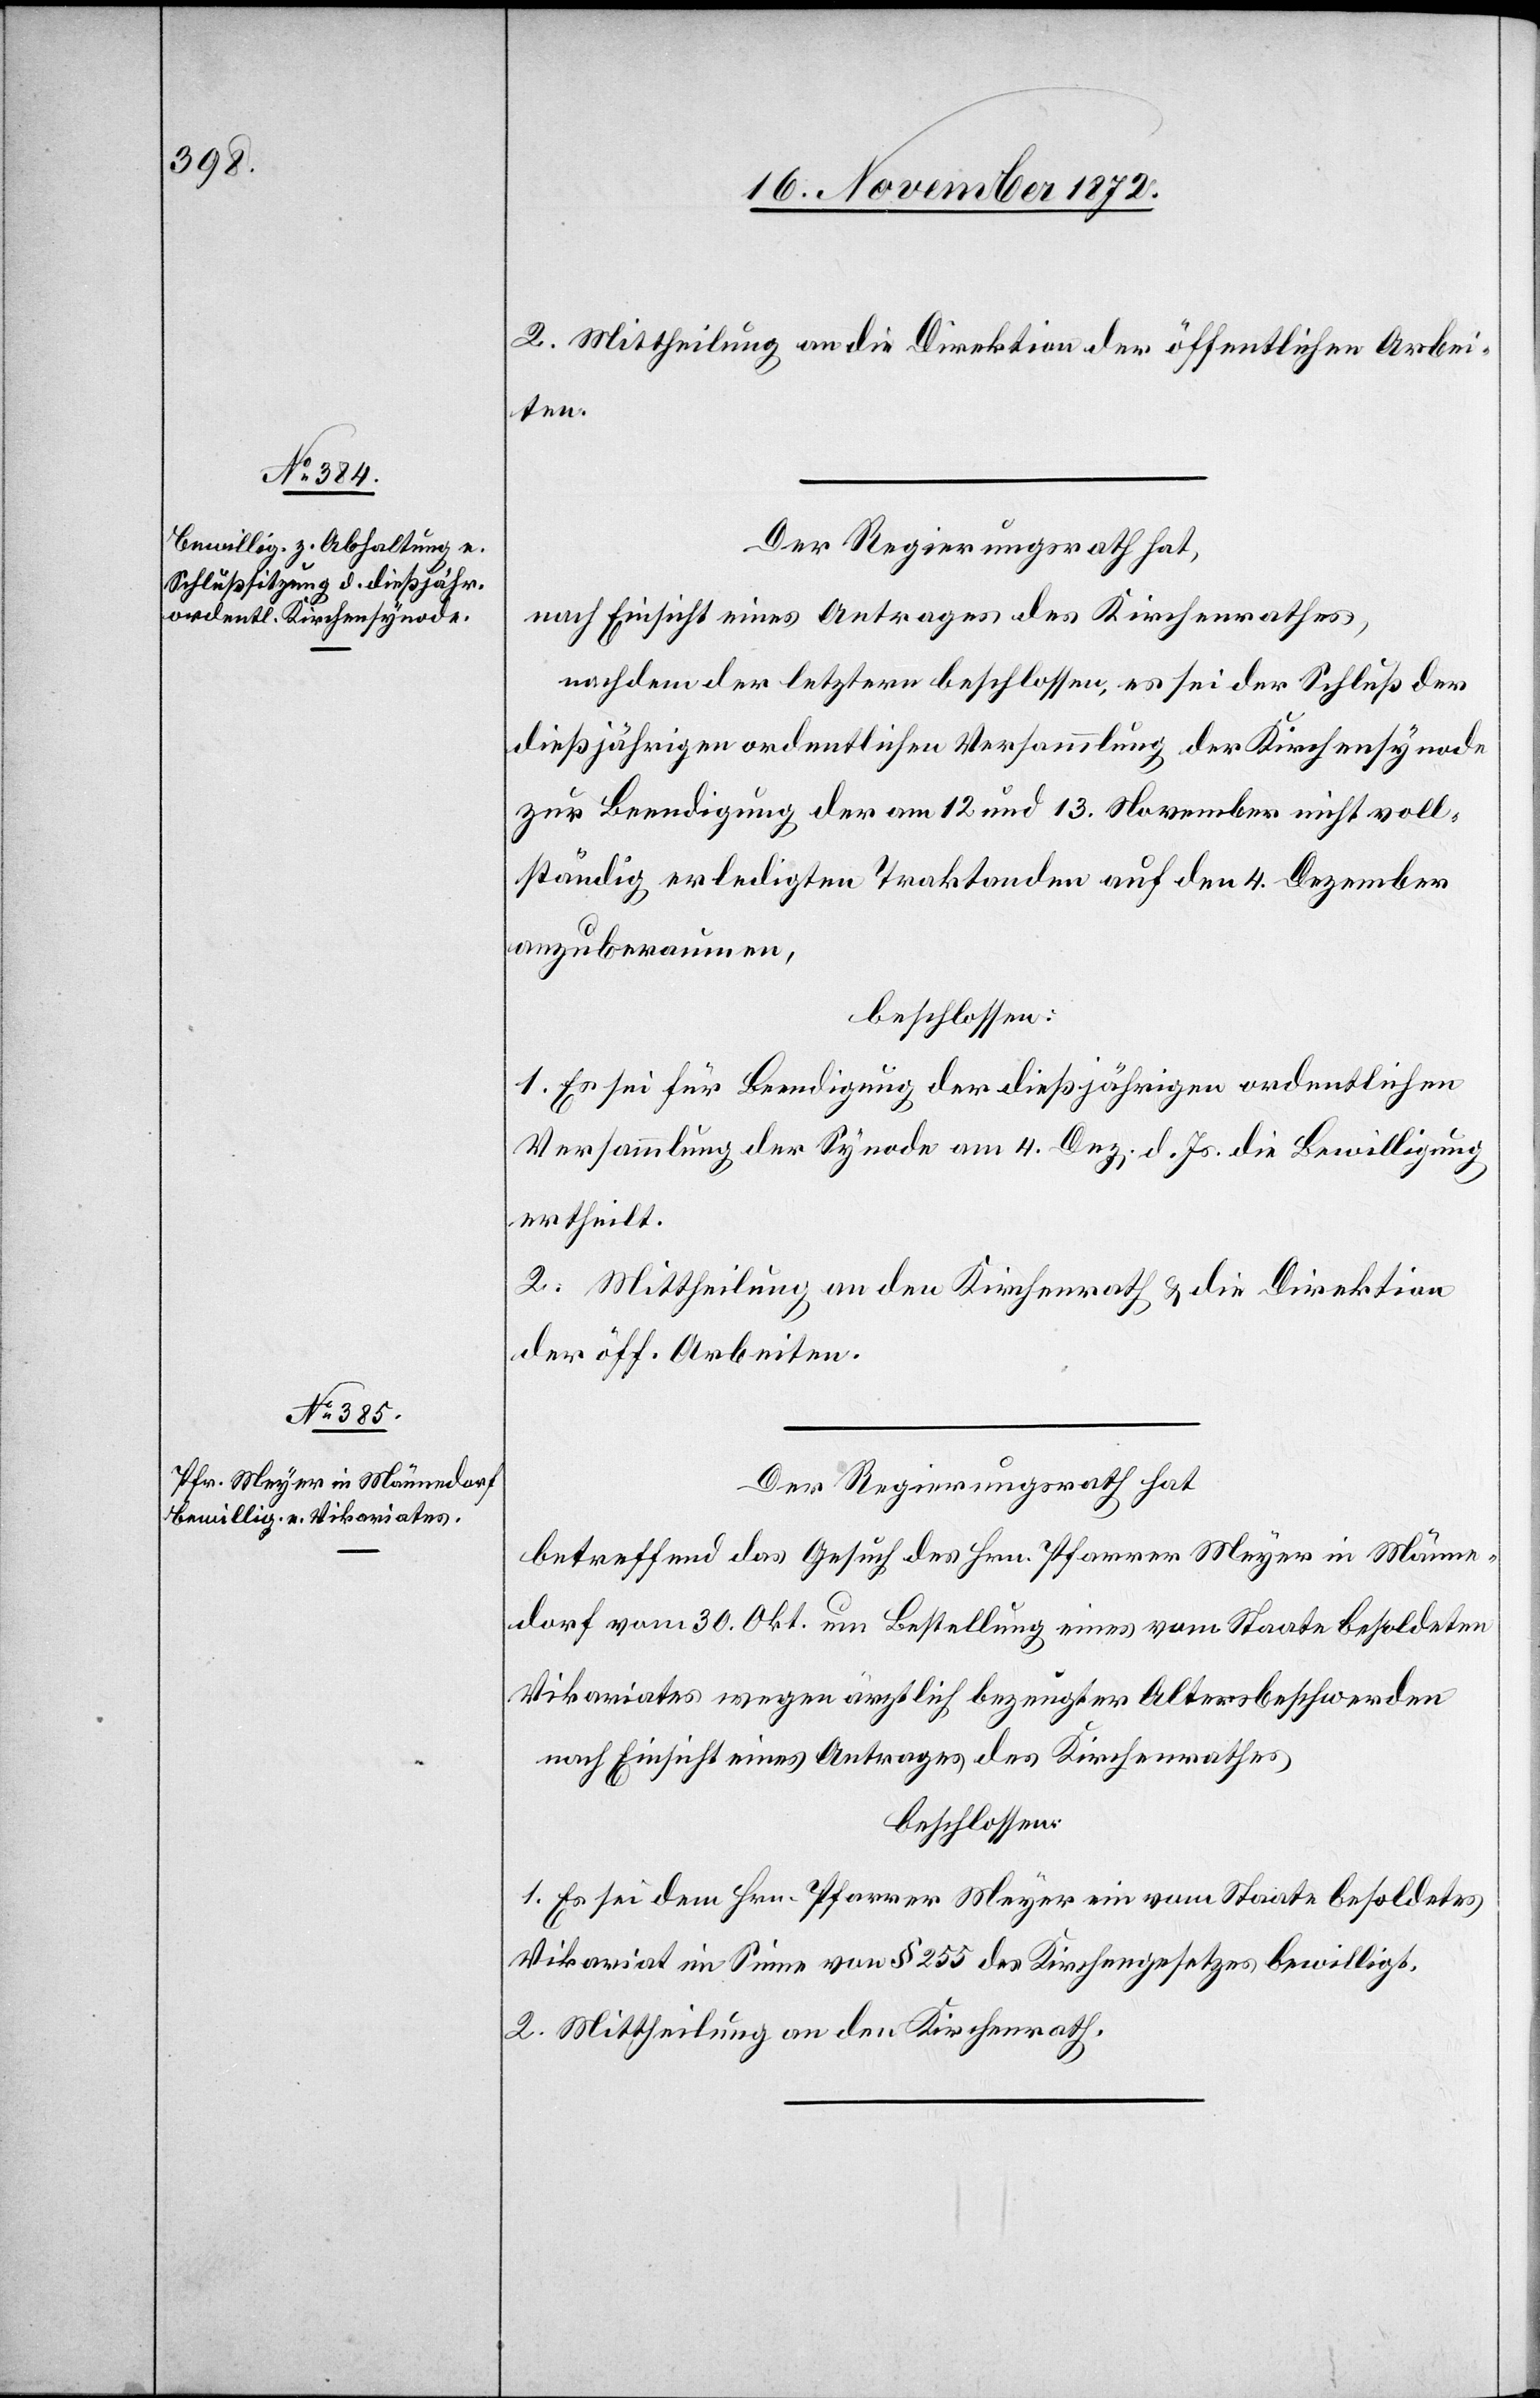
2. Mittheilung an die Direktion der öffentlichen Arbei¬
ten.
Der Regierungsrath hat,
nach Einsicht eines Antrages des Kirchenrathes,
nachdem der letztere beschlossen, es sei der Schluß der
dießjährigen ordentlichen Versammlung der Kirchensynode
zur Beendigung der am 12 und 13. November nicht voll¬
ständig erledigten Traktanden auf den 4. Dezember
anzuberaumen,
beschlossen:
1. Es sei für Beendigung der dießjährigen ordentlichen
Versammlung der Synode am 4. Dez. d. Js. die Bewilligung
ertheilt.
2. Mittheilung an den Kirchenrath u. die Direktion
der öff. Arbeiten.
Der Regierungsrath hat
betreffend das Gesuch des Hrn. Pfarrer Meyer in Männe¬
dorf vom 30. Okt. um Bestellung eines vom Staate besoldeten
Vikariates wegen ärztlich bezeugter Altersbeschwerden
nach Einsicht eines Antrages des Kirchenrathes
beschlossen:
1. Es sei dem Hrn. Pfarrer Meyer ein vom Staate besoldetes
Vikariat im Sinne von § 255 des Kirchengesetzes bewilligt.
2. Mittheilung an den Kirchenrath.